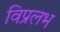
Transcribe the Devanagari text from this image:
विप्रलभ